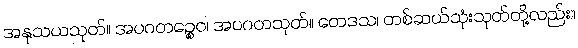
အနုသယသုတ်။ အပဂတဉ္စေဝ၊ အပဂတသုတ်။ တေဒသ၊ တစ်ဆယ်သုံးသုတ်တို့လည်း။